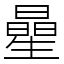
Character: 曐